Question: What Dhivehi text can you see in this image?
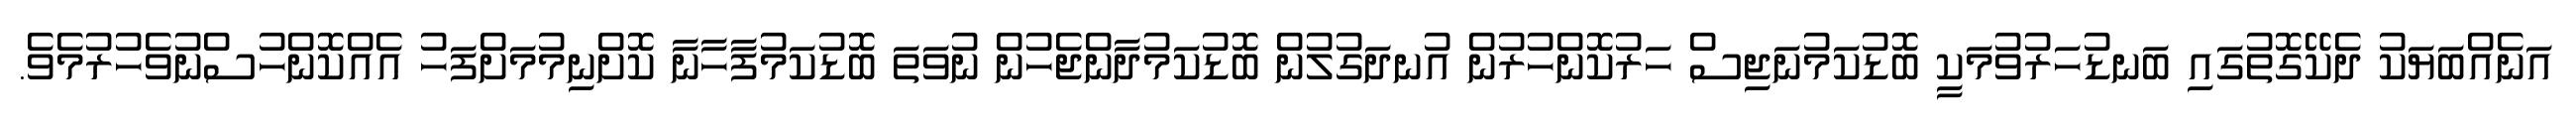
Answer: އަނެއްބަޔަކު ދެކޭގޮތުގައި ބަނޑުހަރުވުމަކީ ބޮޑުކަމުނަޖިސް ހަރުކޮންހުރުން އުނދަގުލުން ބޮޑުކަމުދާންޖެހުން ނުވަތަ ބޮޑުކަމުފާހާނާ ކޮށްނިމުމަށްފަހު އެއްކޮންހުސްނުވެހުރުމެވެ.